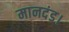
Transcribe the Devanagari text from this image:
मानदंड।